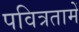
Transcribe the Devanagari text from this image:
पवित्रतामें